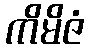
ကိမိဇံ